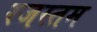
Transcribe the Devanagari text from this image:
रजस्तम